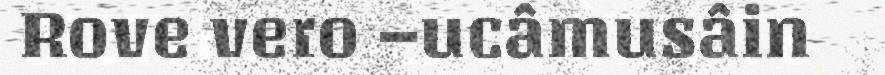
Rove vero –ucâmusâin